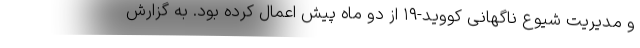
و مدیریت شیوع ناگهانی کووید-۱۹ از دو ماه پیش اعمال کرده بود. به گزارش